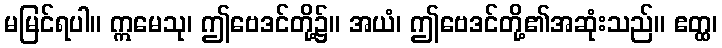
မမြင်ရပါ။ ဣမေသု၊ ဤဗေဒင်တို့၌။ အယံ၊ ဤဗေဒင်တို့၏အဆုံးသည်။ ဧတ္ထ၊